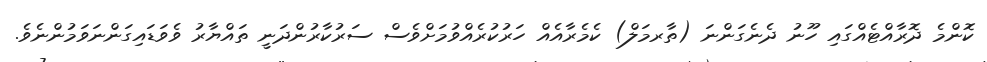
ކޮންމެ ދޮރާއްޓެއްގައި ހޫނު ދެނެގަންނަ (ތާރމަލް) ކެމެރާއެއް ހަރުކުރެއްވުމަށްވެސް ސަރުކާރުންދަނީ ތައްޔާރު ވެވަޑައިގަންނަވަމުންނެވެ.